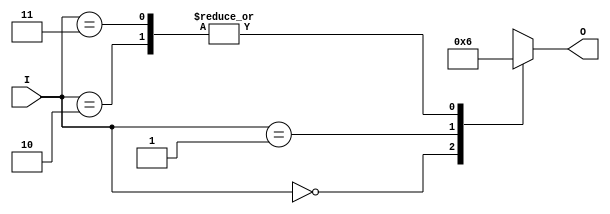
module binary_encoder (
    input wire [1:0] I,  // 2 input lines (I0, I1)
    output reg [1:0] O   // 2-bit output (O0, O1)
);

    always @(*) begin
        case (I)
            2'b00: O = 2'b00; // No inputs active
            2'b01: O = 2'b01; // I1 is active
            2'b10: O = 2'b10; // I0 is active
            2'b11: O = 2'b10; // Both I0 and I1 are active, priority to I0
            default: O = 2'b00; // Default case (should not occur)
        endcase
    end

endmodule